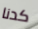
كدنا